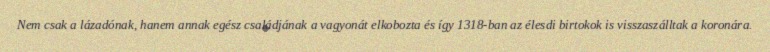
Nem csak a lázadónak, hanem annak egész családjának a vagyonát elkobozta és így 1318-ban az élesdi birtokok is visszaszálltak a koronára.